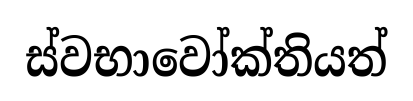
ස්වභාවෝක්තියත්